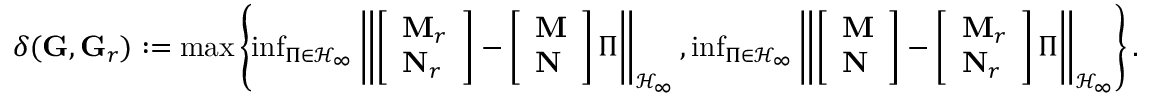
\begin{array} { r } { \delta ( \mathbf G , \mathbf G _ { r } ) : = \operatorname* { m a x } \left\{ \operatorname* { i n f } _ { \Pi \in \mathcal H _ { \infty } } \left\| \left[ \begin{array} { l } { \mathbf M _ { r } } \\ { \mathbf N _ { r } } \end{array} \right] - \left[ \begin{array} { l } { \mathbf M } \\ { \mathbf N } \end{array} \right] \Pi \right\| _ { \mathcal H _ { \infty } } , \operatorname* { i n f } _ { \Pi \in \mathcal H _ { \infty } } \left\| \left[ \begin{array} { l } { \mathbf M } \\ { \mathbf N } \end{array} \right] - \left[ \begin{array} { l } { \mathbf M _ { r } } \\ { \mathbf N _ { r } } \end{array} \right] \Pi \right\| _ { \mathcal H _ { \infty } } \right\} . } \end{array}